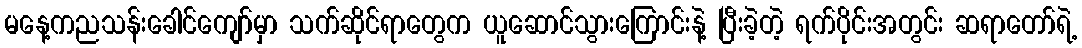
မနေ့ကညသန်းခေါင်ကျော်မှာ သက်ဆိုင်ရာတွေက ယူဆောင်သွားကြောင်းနဲ့ ပြီးခဲ့တဲ့ ရက်ပိုင်းအတွင်း ဆရာတော်ရဲ့